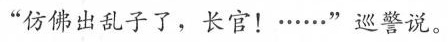
“仿佛出乱子了，长官!····..”巡警说。